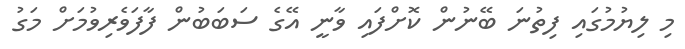
މި ލިޔުމުގައި ފިތުނަ ބޭނުން ކޮށްފައި ވާނީ އޭގެ ސަބަބުން ފާފަވެރިވުމަށް މަގު